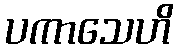
ပကာသေဟိ